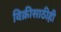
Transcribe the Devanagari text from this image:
विक्रीसाठीही